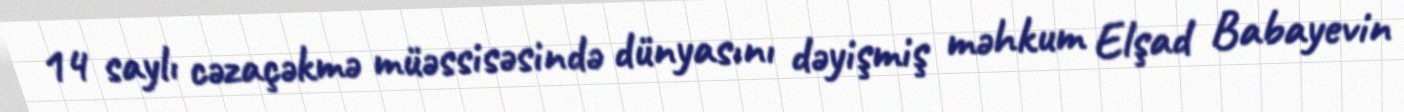
14 saylı cəzaçəkmə müəssisəsində dünyasını dəyişmiş məhkum Elşad Babayevin